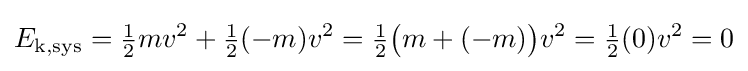
E_{\mathrm {k,sys} }={\tfrac {1}{2}}mv^{2}+{\tfrac {1}{2}}(-m)v^{2}={\tfrac {1}{2}}{\big (}m+(-m){\big )}v^{2}={\tfrac {1}{2}}(0)v^{2}=0